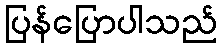
ပြန်ပြောပါသည်